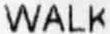
WALK